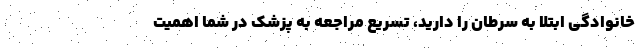
خانوادگی ابتلا به سرطان را دارید، تسریع مراجعه به پزشک در شما اهمیت